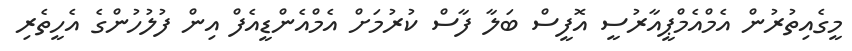
މީގެއިތުރުން އެމްއެމްޕީއާރުސީ އޮފީސް ބަލާ ފާސް ކުރުމަށް އެމްއެންޑީއެފް އިން ފުލުހުންގެ އެހީތެރި